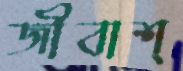
জীবাশ্